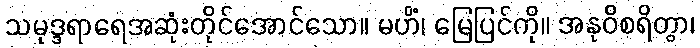
သမုဒ္ဒရာရေအဆုံးတိုင်အောင်သော။ မဟိံ၊ မြေပြင်ကို။ အနုဝိစရိတွာ၊